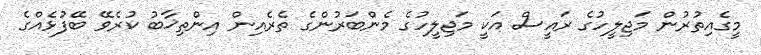
މީގެއިތުރުން މަޖިލީހުގެ ރައީސް އަކީ މަޖިލީހުގެ މެންބަރުންގެ ތެރެއިން އިންތިޚާބު ކުރެވޭ ބޭފުޅެއްގެ